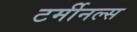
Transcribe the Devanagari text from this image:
टर्मीनल्स